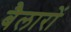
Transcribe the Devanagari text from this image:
बैलारों